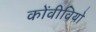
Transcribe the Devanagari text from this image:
कोंवीवियो